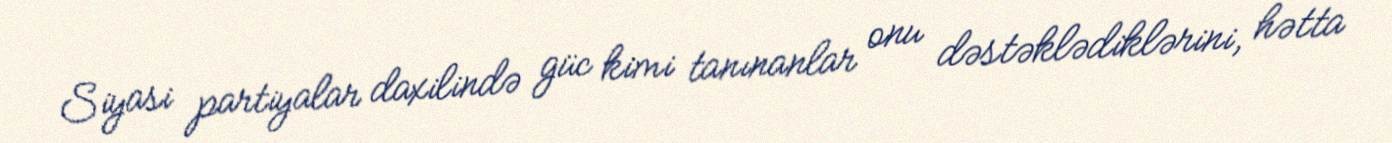
Siyasi partiyalar daxilində güc kimi tanınanlar onu dəstəklədiklərini, hətta